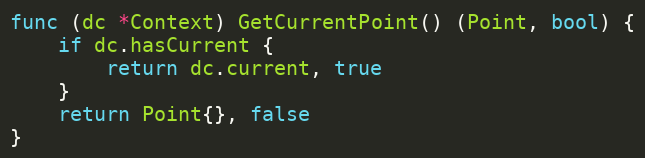
Language: Go
func (dc *Context) GetCurrentPoint() (Point, bool) {
	if dc.hasCurrent {
		return dc.current, true
	}
	return Point{}, false
}